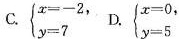
C. $$ \begin { cases } x = - 2 \\ y = 7 \end { cases }$$，B. $$ \begin { cases } x = 0 \\ y = 5 \end { cases }$$，